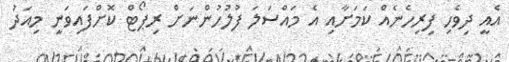
އެއީ ދިވެހި ފިރިހެނެއް ކަމަށާއި އެ މައްސަލަ ފުލުހުންނަށް ރިޕޯޓް ކޮށްފައިވަނީ މިއަދު